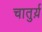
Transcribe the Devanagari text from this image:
चातुर्य़